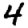
Digit: 4